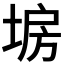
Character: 𡍀